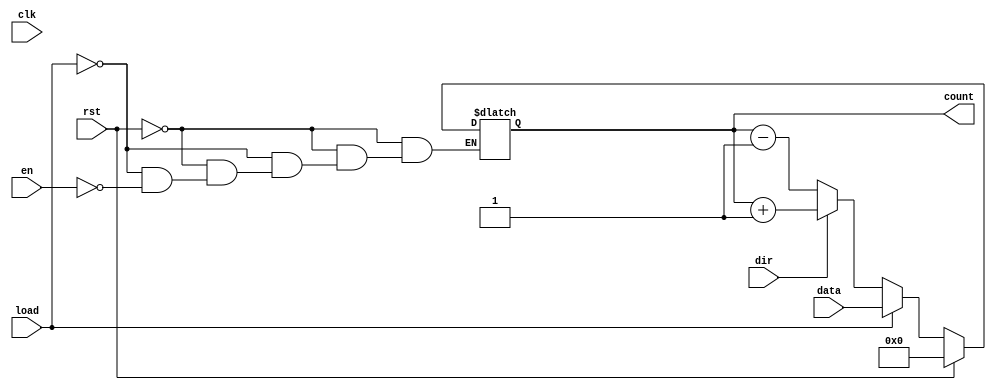
module async_load_counter (
    input wire clk,          // Clock signal
    input wire rst,          // Asynchronous reset
    input wire load,         // Asynchronous load signal
    input wire [7:0] data,   // Load value (8-bit for example)
    input wire en,           // Count enable signal
    input wire dir,          // Counting direction: 1 for up, 0 for down
    output reg [7:0] count   // Counter value (8-bit for example)
);

    // Asynchronous reset
    always @(*) begin
        if (rst) begin
            count = 8'b0; // Reset to zero
        end else if (load) begin
            count = data; // Load the specified value
        end else if (en) begin
            if (dir) begin
                count = count + 1; // Increment
            end else begin
                count = count - 1; // Decrement
            end
        end
    end

    // Synchronous update on clock edge
    always @(posedge clk) begin
        // The count value is updated based on the combinational logic
        // defined in the always @(*) block.
    end

endmodule